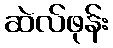
ဆဲလ်ဖုန်း